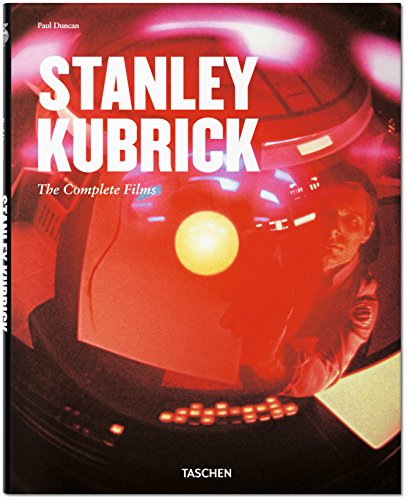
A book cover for Stanley Kubrick: The Complete Films; Paul Duncan; Humor & Entertainment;